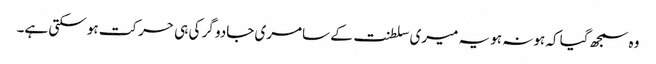
وہ سمجھ گیا کہ ہونہ ہو یہ میری سلطنت کے سامری جادو گر کی ہی حرکت ہو سکتی ہے۔